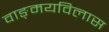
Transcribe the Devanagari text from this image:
वाङ्‌मयविलास